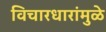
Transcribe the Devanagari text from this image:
विचारधारांमुळे